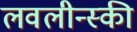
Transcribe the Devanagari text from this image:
लवलीन्स्की